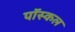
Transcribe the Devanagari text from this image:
पॉस्कल